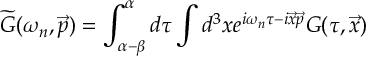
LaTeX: \widetilde { G } ( \omega _ { n } , \vec { p } ) = \int _ { \alpha - \beta } ^ { \alpha } d \tau \int d ^ { 3 } x e ^ { i \omega _ { n } \tau - i \vec { x } \vec { p } } G ( \tau , \vec { x } )